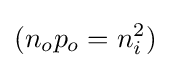
(n_{o}p_{o}=n_{i}^{2})